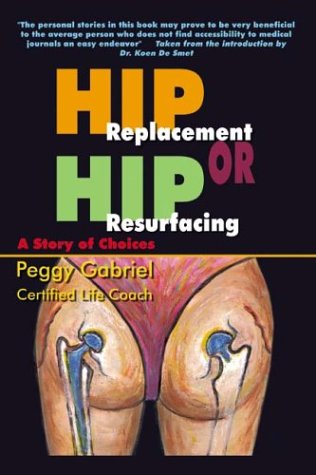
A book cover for Hip Replacement or Hip Resurfacing: A Story of Choices; Peggy Gabriel; Health, Fitness & Dieting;